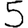
Digit: 5